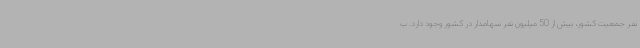
نفر جمعیت کشور، بیش از 50 میلیون نفر سهامدار در کشور وجود دارد. ب